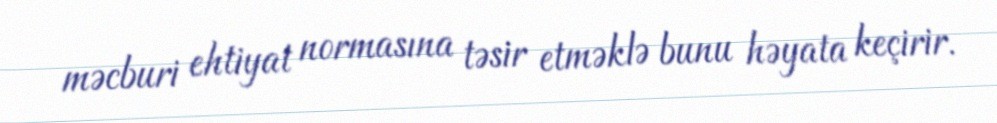
məcburi ehtiyat normasına təsir etməklə bunu həyata keçirir.